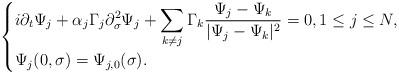
LaTeX: \begin{align*}\begin{cases}\displaystyle i\partial_t \Psi_j+\alpha_j\Gamma_j \partial_\sigma^2\Psi_j+\sum_{k\neq j} \Gamma_k \frac{\Psi_j-\Psi_k}{|\Psi_j-\Psi_k|^2}=0,1\leq j\leq N,\\\Psi_j(0,\sigma)=\Psi_{j,0}(\sigma). \end{cases}\end{align*}